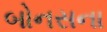
બોનસના